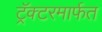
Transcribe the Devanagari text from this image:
ट्रॅक्टरमार्फत